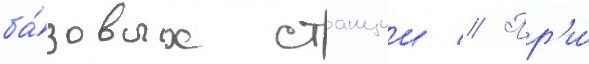
ба́зовых станции // Пр'и́